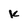
Character: k